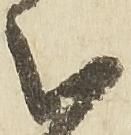
被